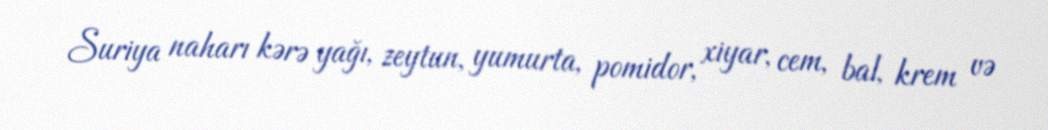
Suriya naharı kərə yağı, zeytun, yumurta, pomidor, xiyar, cem, bal, krem və